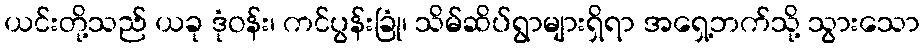
ယင်းတို့သည် ယခု ဒုံဝန်း၊ ကင်ပွန်းခြုံ၊ သိမ်ဆိပ်ရွာများရှိရာ အရှေ့ဘက်သို့ သွားသော